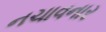
નચાવનાર